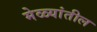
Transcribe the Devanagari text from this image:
मेळ्यांतील